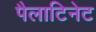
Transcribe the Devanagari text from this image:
पैलाटिनेट